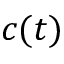
c ( t )